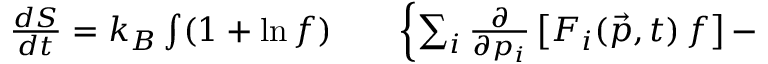
\begin{array} { r l r } { \frac { d S } { d t } = k _ { B } \int ( 1 + \ln f ) } & { { } } & { \left\{ \sum _ { i } \frac { \partial } { \partial p _ { i } } \left[ F _ { i } ( \vec { p } , t ) \, f \right] - \right. } \end{array}